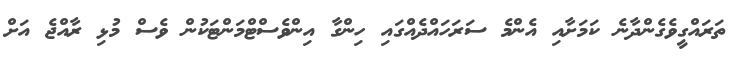
ތަރައްގީވެގެންދާނެ ކަމަށާއި އެންމެ ސަރަހައްދެއްގައި ހިންގާ އިންވެސްޓްމަންޓަކުން ވެސް މުޅި ރާއްޖެ އަށް